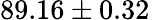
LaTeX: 89.16\pm 0.32\